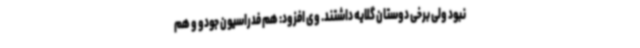
نبود ولی برخی دوستان گلایه داشتند. وی افزود: هم فدراسیون جودو و هم